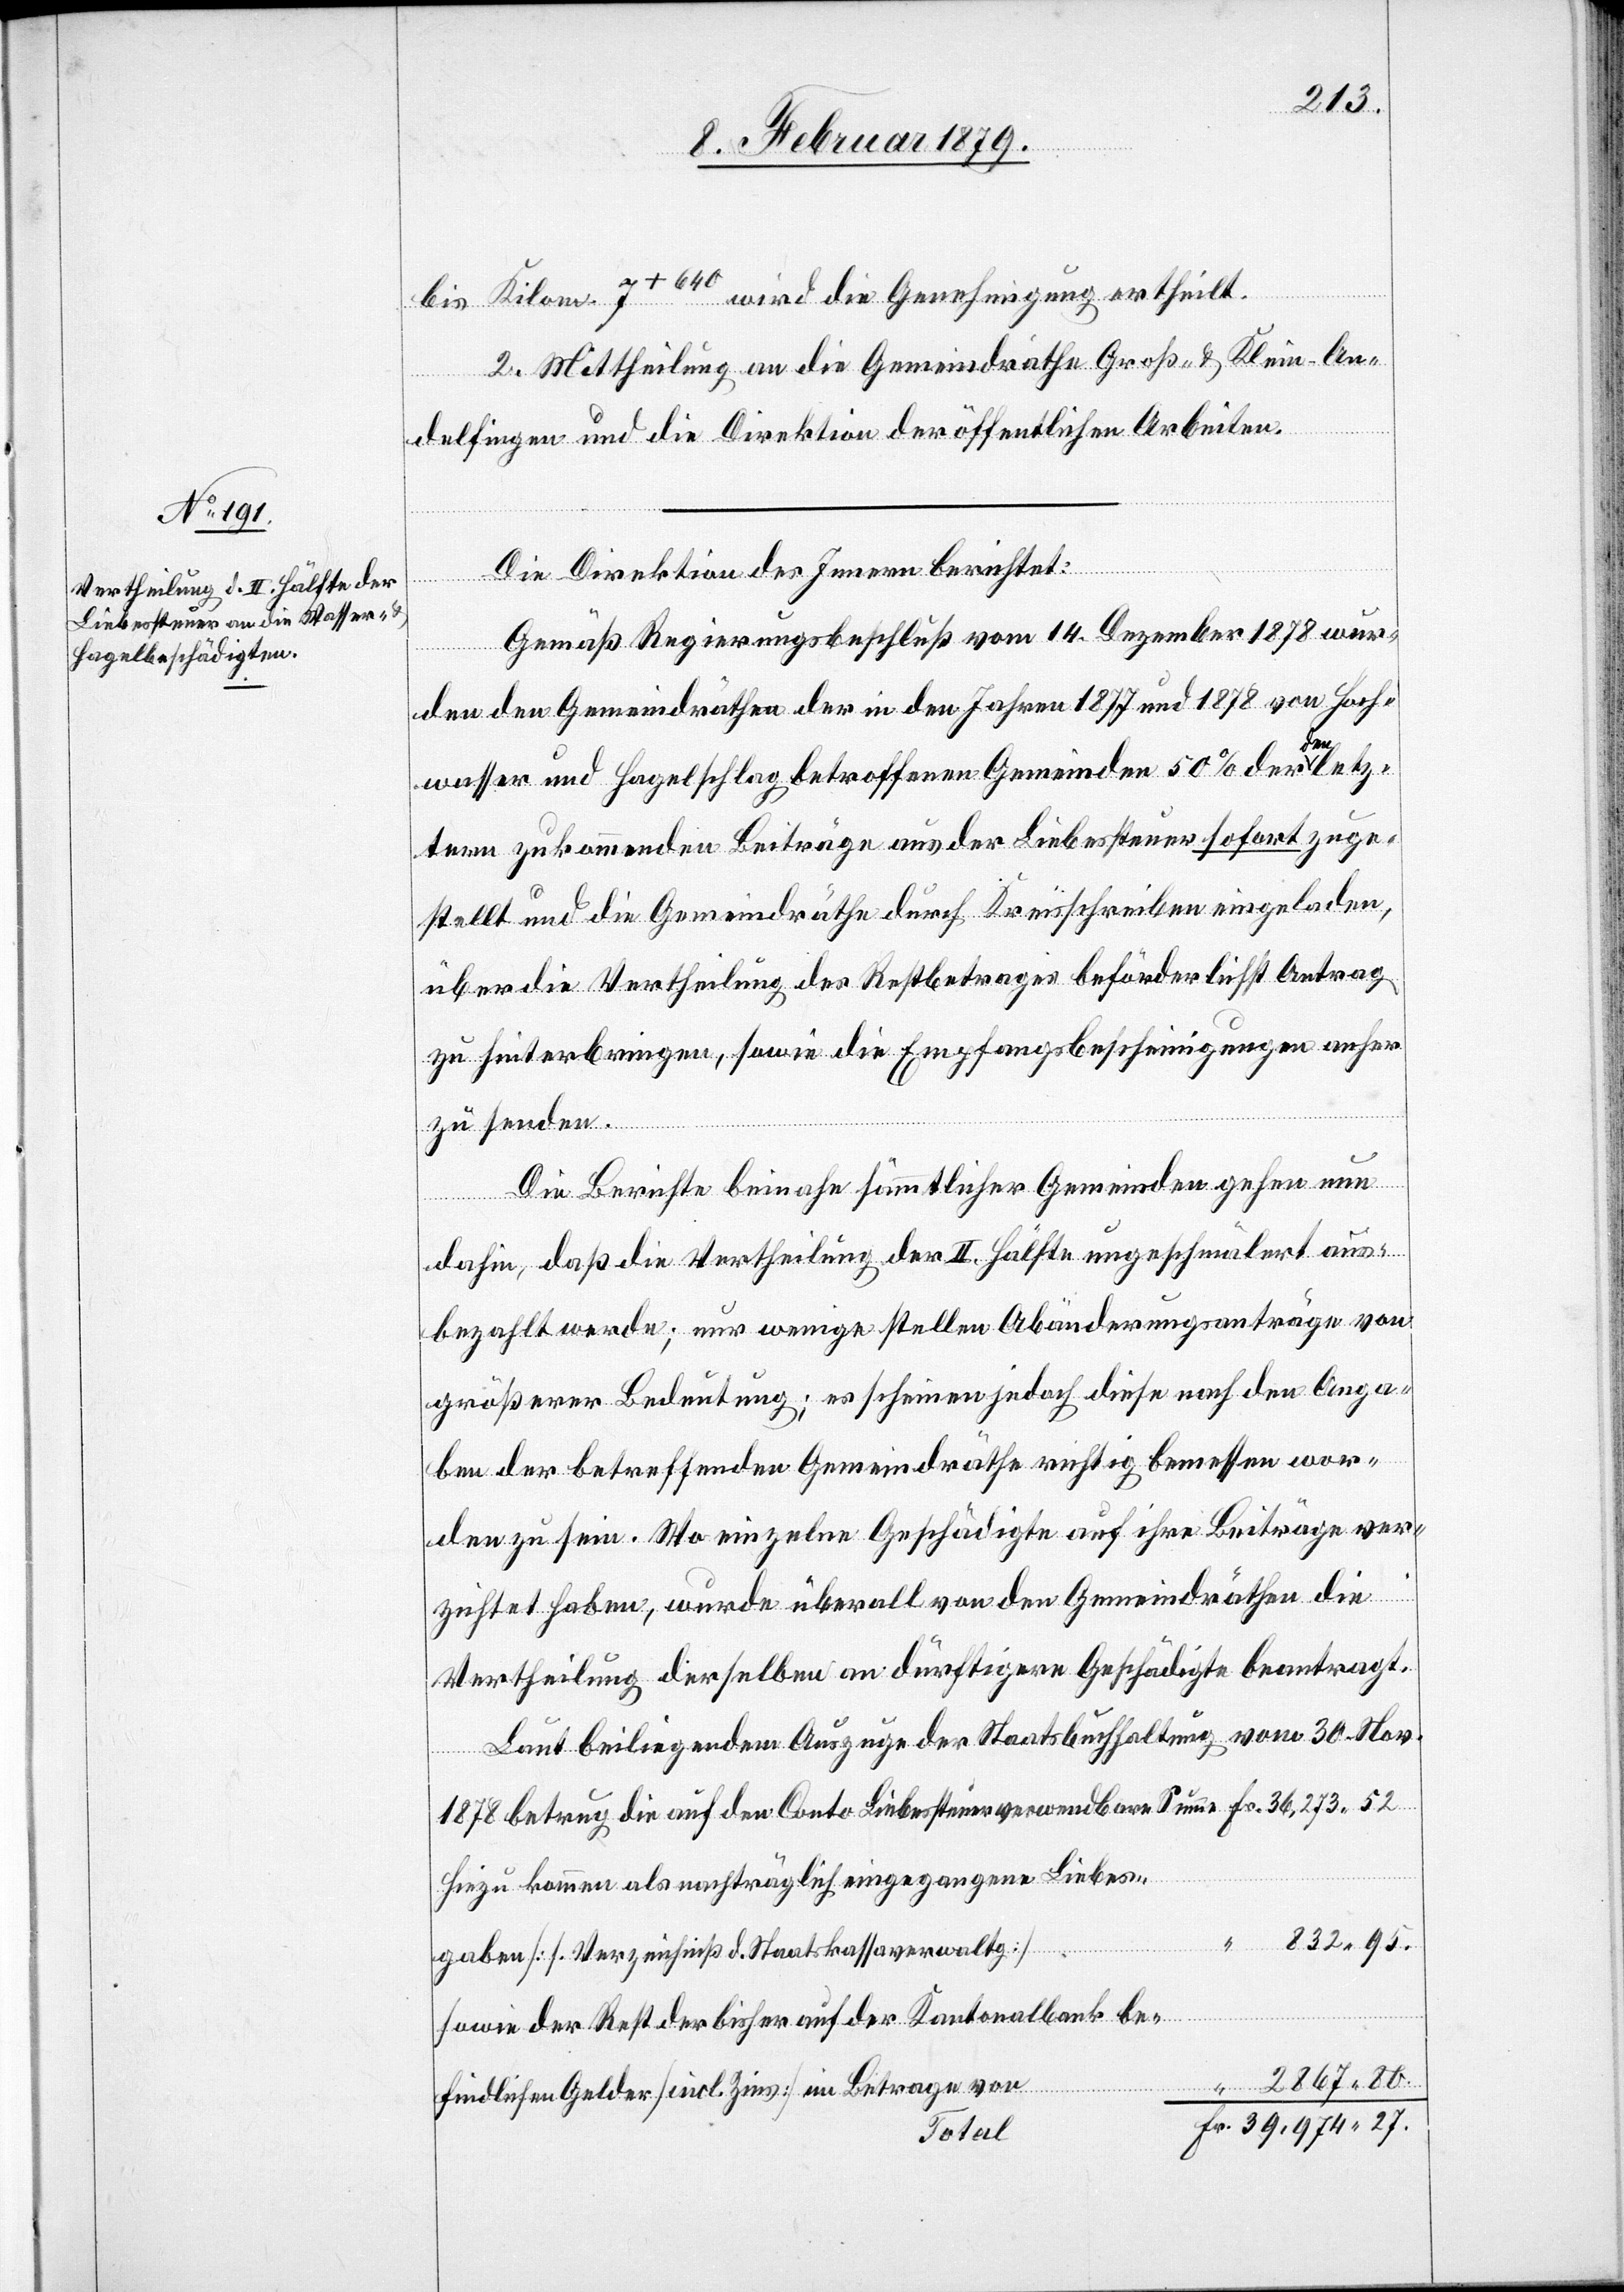
bis Kilom. 7+640 wird die Genehmigung ertheilt.
2. Mittheilung an die Gemeindräthe Groß- & Klein-An¬
Summe
delfingen und die Direktion der öffentlichen Arbeiten.
Die Direktion des Innern berichtet:
Gemäß Regierungsbeschluß vom 14. Dezember 1878 wur¬
den den Gemeindräthen der in den Jahren 1877 und 1878 von Hoch¬
Fr.
wasser und Hagelschlag betroffenen Gemeinden 50% der a-d¬
tern zukommenden Beiträge aus der Liebessteuer sofort zuge¬
stellt und die Gemeindräthe durch Kreisschreiben eingeladen,
über die Vertheilung des Restbetrages beförderlichst Antrag
zu hinterbringen, sowie die Empfangsbescheinigungen anher
zu senden.
Die Berichte beinahe sämmtlicher Gemeinden gehen nun
dahin, daß die Vertheilung der II. Hälfte ungeschmälert aus¬
bezahlt werde; nur wenige stellen Abänderungsanträge von
größerer Bedeutung; es scheinen jedoch diese nach den Anga¬
ben der betreffenden Gemeindräthe richtig bemessen wor¬
den zu sein. Wo einzelne Geschädigte auf ihre Beiträge ver¬
zichtet haben, wurde überall von den Gemeindräthen die
Vertheilung derselben an dürftigere Geschädigte beantragt.
Laut beiliegendem Auszuge der Staatsbuchhaltung vom 30. Nov.
Hinzu kommen als nachträglich eingegangene Liebes¬
832.95
gaben [s. Verzeichniß d. Staatskassaverwaltg]
sowie der Rest der bisher auf der Kantonalbank be¬
2867.80
findlichen Gelder [incl. Zins] im Betrage von
Total